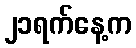
၂၁ရက်နေ့က